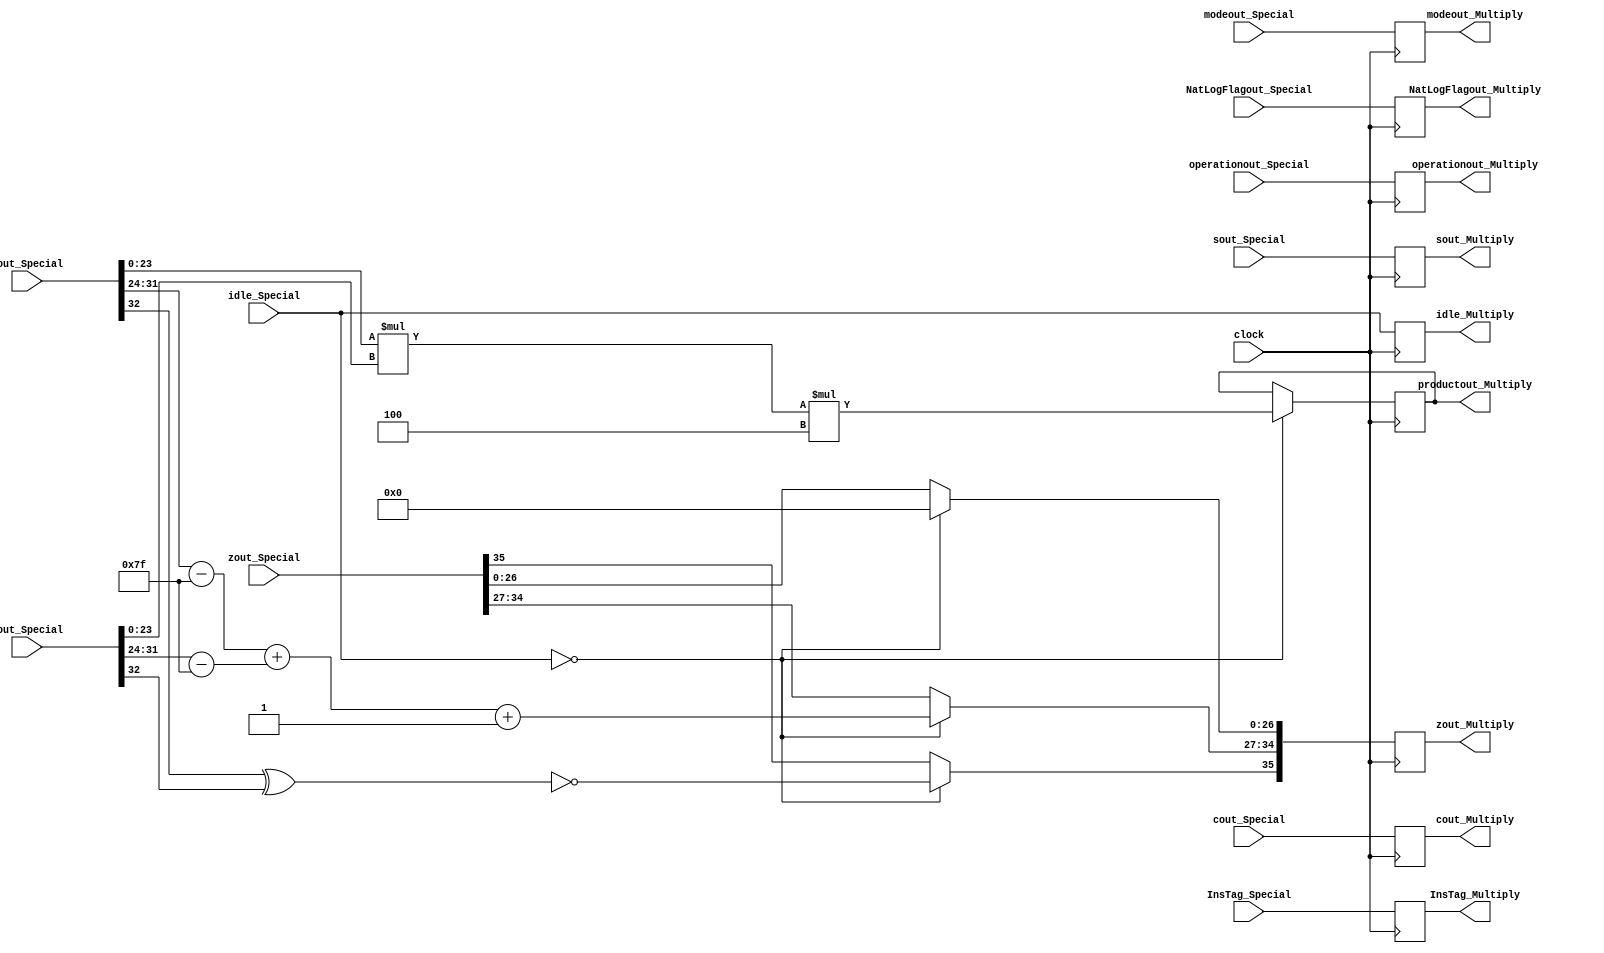
module MultiplyState_Y(
	input [32:0] aout_Special,
	input [32:0] bout_Special,
	input [35:0] cout_Special,
	input [35:0] zout_Special,
	input [31:0] sout_Special,
	input [1:0] modeout_Special,
	input operationout_Special,
	input NatLogFlagout_Special,
	input [7:0] InsTag_Special,
	input clock,
	input [1:0] idle_Special,
	output reg [1:0] idle_Multiply,
	output reg [35:0] cout_Multiply,
	output reg [35:0] zout_Multiply,
	output reg [31:0] sout_Multiply,
	output reg [1:0]  modeout_Multiply,
	output reg operationout_Multiply,
	output reg NatLogFlagout_Multiply,
	output reg [49:0] productout_Multiply,
	output reg [7:0] InsTag_Multiply
    );

parameter mode_circular  =2'b01, 
			 mode_linear    =2'b00, 
			 mode_hyperbolic=2'b11;

parameter no_idle = 2'b00,
			 allign_idle = 2'b01,
			 put_idle = 2'b10;

wire a_sign;
wire [7:0] a_exponent;
wire [23:0] a_mantissa;

wire b_sign;
wire [7:0] b_exponent;
wire [23:0] b_mantissa;

assign a_sign = aout_Special[32];
assign a_exponent = aout_Special[31:24] - 127;
assign a_mantissa = {aout_Special[23:0]};

assign b_sign = bout_Special[32];
assign b_exponent = bout_Special[31:24] - 127;
assign b_mantissa = {bout_Special[23:0]};

			 
always @ (posedge clock)
begin
	
	InsTag_Multiply <= InsTag_Special;
	sout_Multiply <= sout_Special;
	cout_Multiply <= cout_Special;
	modeout_Multiply <= modeout_Special;
	operationout_Multiply <= operationout_Special;
	idle_Multiply <= idle_Special;
	NatLogFlagout_Multiply <= NatLogFlagout_Special;
	
	if (idle_Special == no_idle) begin
	
		zout_Multiply[35] <= ~(a_sign ^ b_sign);
		zout_Multiply[34:27] <= a_exponent + b_exponent + 1;
		zout_Multiply[26:0] <= 0;
		productout_Multiply <= a_mantissa * b_mantissa * 4;
		
	end
	
	else begin
		zout_Multiply <= zout_Special;
	end
end
endmodule